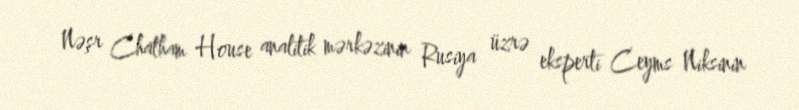
Nəşr Chatham House analitik mərkəzinin Rusiya üzrə eksperti Ceyms Niksinin